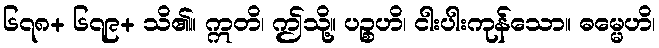
၆၇၈+ ၆၇၉+ သိ၏။ ဣတိ၊ ဤသို့။ ပဉ္စဟိ၊ ငါးပါးကုန်သော။ ဓမ္မေဟိ၊